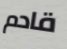
قادم